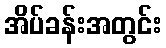
အိပ်ခန်းအတွင်း